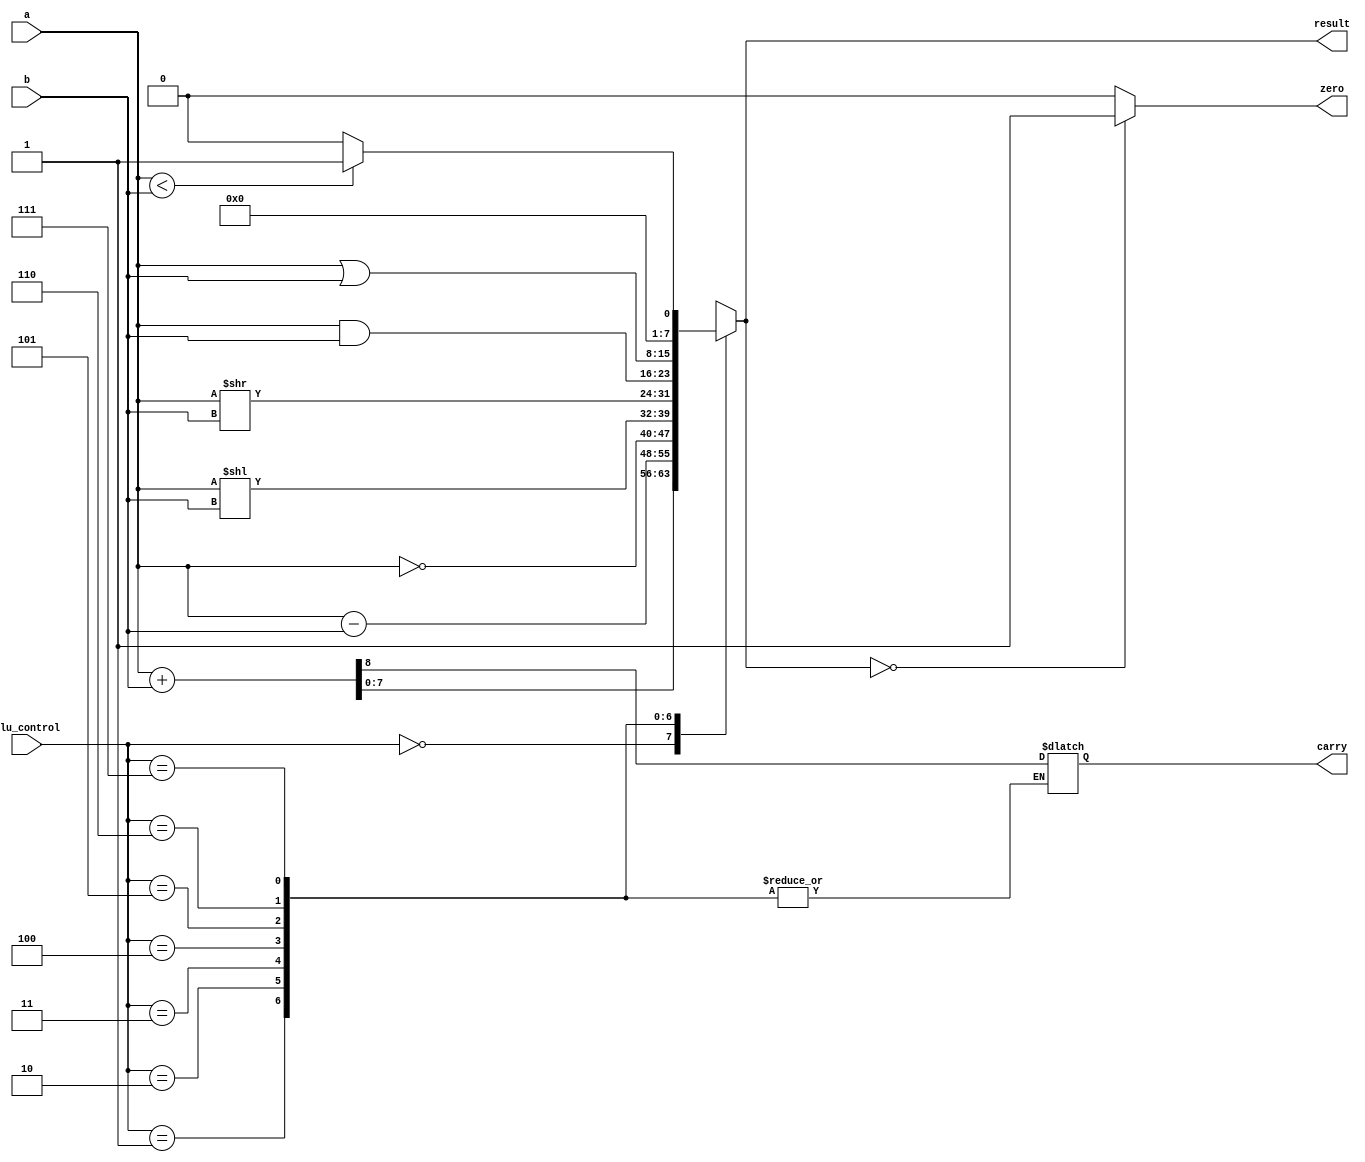
//ALU

module ALU (
  input  [7:0] a,  //src1
   input  [7:0] b,  //src2
   input  [2:0] alu_control, //function sel

   output reg [7:0] result,  //result
   output reg zero,
   output reg carry);

// a and b are 8 bit values stored in registers
always @(*)
begin
 case(alu_control)
 3'b000: {carry,result} = a + b; // add
 3'b001: result = a - b; // sub
 3'b010: result = ~a;
 3'b011: result = a<<b;
 3'b100: result = a>>b;
 3'b101: result = a & b; // and
 3'b110: result = a | b; // or
 3'b111: begin if (a<b) result = 8'd1;
    else result = 8'd0;
    end
 default:result = a + b; // add
 endcase

 zero = (result==8'd0) ? 1'b1: 1'b0;
end


endmodule